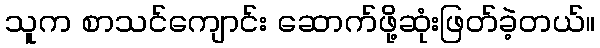
သူက စာသင်ကျောင်း ဆောက်ဖို့ဆုံးဖြတ်ခဲ့တယ်။